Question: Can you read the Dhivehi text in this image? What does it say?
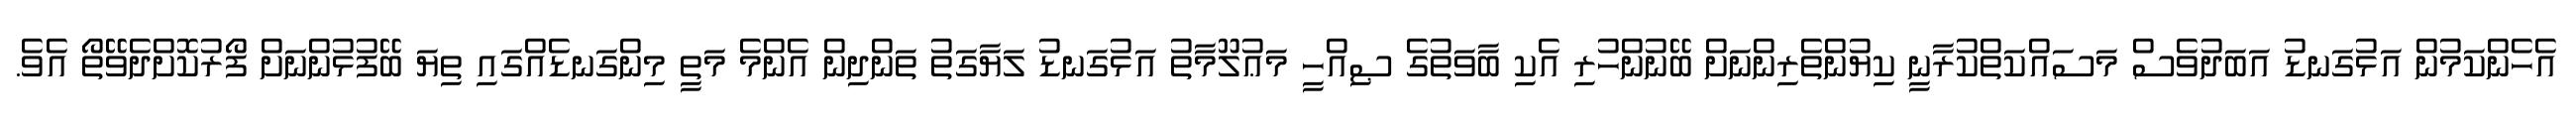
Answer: އެހެންކަމުން އަޅުގަނޑު އަބަދުވެސް މަސައްކަތްކުރާނީ ކިޔުންތެރިންނަށް ބޭނުންހުރި އެކި ބާވަތުގެ ޞިއްހީ މަޢުލޫމާތު އަޅުގަނޑު ލަޔާގަތު ތަންދިން އެންމެ މަތީ މިންގަނޑެއްގައި ތިޔަ ބޭފުޅުންނަށް ފޯރުކޮށްދެވޭތޯ އެވެ.